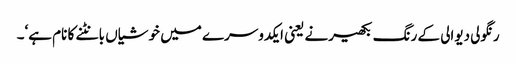
رنگولی دیوالی کے رنگ بکھیرنے یعنی ایکدوسرے میں خوشیاں بانٹنے کا نام ہے‘۔